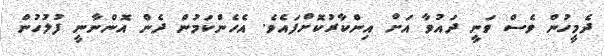
ދެމީހުން ވެސް ވަނީ ދައުވާ އަށް އިންކާރުކޮށްފައެވެ. އެހެންކަމުން ދެން އޮންނާނީ ފުލުހުން